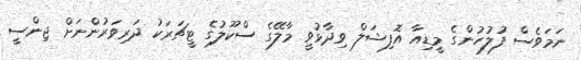
ނަމަވެސް ފުލުހުންގެ މީޑިއާ އޮފިޝަލް ވިދާޅުވީ މާލޭގެ ސްކޫލުގެ ޓީޗަރަކު ދަރިވަރުންނަށް ޖިންސީ